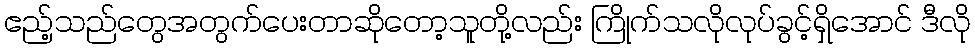
ဧည့်သည်တွေအတွက်ပေးတာဆိုတော့သူတို့လည်း ကြိုက်သလိုလုပ်ခွင့်ရှိအောင် ဒီလို